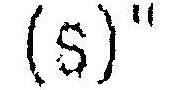
(S)"